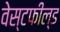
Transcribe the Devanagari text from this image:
वेस्टफील्ड